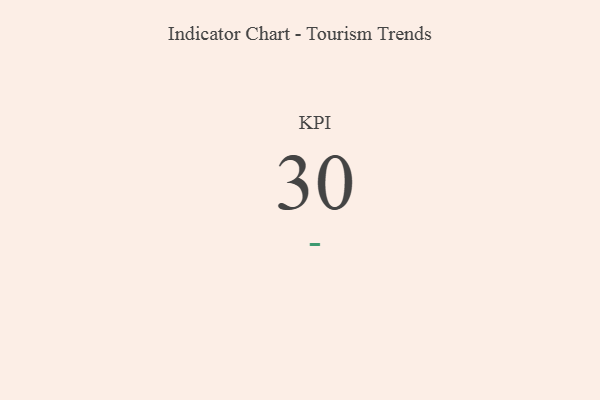
{"axis": {"x": "KPI", "y": "Value"}, "legend": [""], "data": [{"x": "KPI", "y": 30, "type": ""}]}